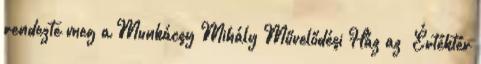
rendezte meg a Munkácsy Mihály Művelődési Ház az „Értéktér